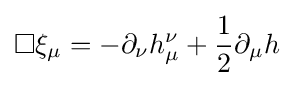
\square \xi _{\mu }=-\partial _{\nu }h_{\mu }^{\nu }+{\frac {1}{2}}\partial _{\mu }h